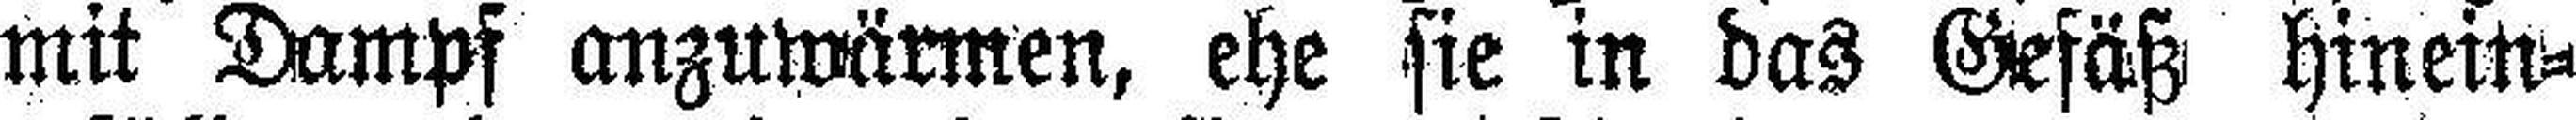
mit Dampf anzuwärmen, ehe sie in das Gefäß hinein¬